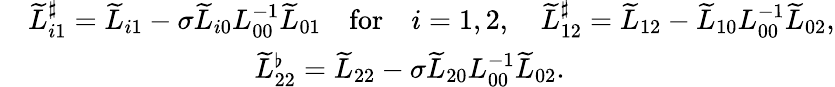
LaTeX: \begin{array}{rl}&{\widetilde{L}_{i1}^{\sharp}=\widetilde{L}_{i1}-\sigma\widetilde{L}_{i0}L_{00}^{-1}\widetilde{L}_{01}\quad\mathrm{for}\quad i=1,2,\quad\widetilde{L}_{12}^{\sharp}=\widetilde{L}_{12}-\widetilde{L}_{10}L_{00}^{-1}\widetilde{L}_{02},}\\ &{\qquad\qquad\qquad\qquad\widetilde{L}_{22}^{\flat}=\widetilde{L}_{22}-\sigma\widetilde{L}_{20}L_{00}^{-1}\widetilde{L}_{02}.}\end{array}